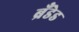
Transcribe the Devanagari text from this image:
ब्रँडेड